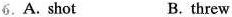
6.A.Shot B. threw